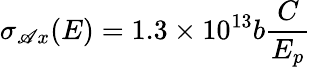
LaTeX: \sigma_{\mathscr{A}x}(E)=1.3\times10^{13}b{\frac{{C}}{{E_{p}}}}